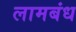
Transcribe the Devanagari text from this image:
लामबंध